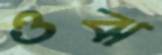
ওঝ